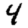
Digit: 4